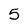
Character: 5